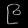
Digit: ၉